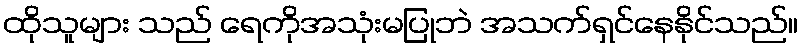
ထိုသူများ သည် ရေကိုအသုံးမပြုဘဲ အသက်ရှင်နေနိုင်သည်။